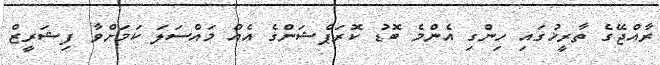
ރާއްޖޭގެ ތާރީޚުގައި ހިންގި އެންމެ ބޮޑު ކޮރަޕްޝަންގެ އެއް މައްސަލަ ކަމަށްވާ ފިޝަރީޒް